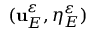
( \mathbf { u } _ { E } ^ { \varepsilon } , \eta _ { E } ^ { \varepsilon } )